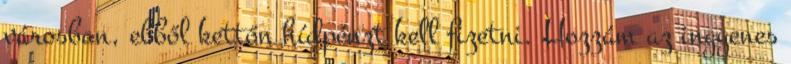
városban, ebből kettőn hídpénzt kell fizetni. Hozzám az ingyenes